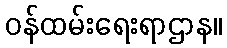
ဝန်ထမ်းရေးရာဌာန။